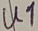
Text: U1